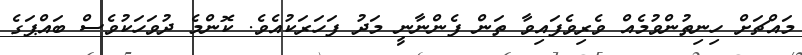
މައްޗަށް ހިނިތުންވުމެއް ވެރިވެފައިވާ ތަން ފެންނާނީ މަދު ފަހަރަކުއެވެ. ކޮންމެ ދުވަހަކުވެސް ބައްޕަގެ